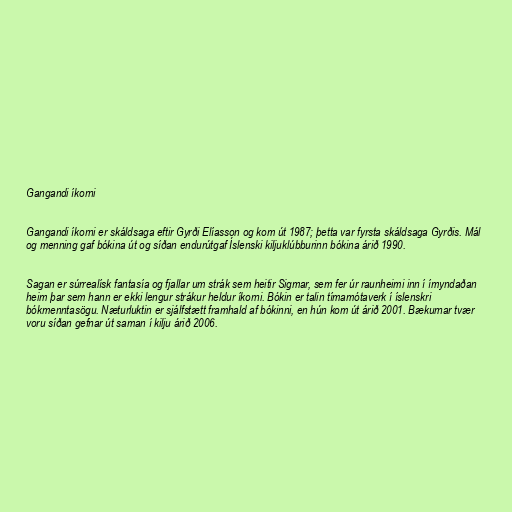
Gangandi íkorni

Gangandi íkorni er skáldsaga eftir Gyrði Elíasson og kom út 1987; þetta var fyrsta skáldsaga Gyrðis. Mál
og menning gaf bókina út og síðan endurútgaf Íslenski kiljuklúbburinn bókina árið 1990.

Sagan er súrrealísk fantasía og fjallar um strák sem heitir Sigmar, sem fer úr raunheimi inn í ímyndaðan
heim þar sem hann er ekki lengur strákur heldur íkorni. Bókin er talin tímamótaverk í íslenskri
bókmenntasögu. Næturluktin er sjálfstætt framhald af bókinni, en hún kom út árið 2001. Bækurnar tvær
voru síðan gefnar út saman í kilju árið 2006.